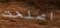
اصلحت